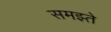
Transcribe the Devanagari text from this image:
समझ्ते